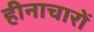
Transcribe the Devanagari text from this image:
हीनाचारों